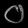
Digit: ၀